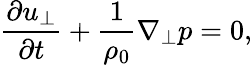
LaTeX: \frac{\partial u_{\perp}}{\partial t}+\frac{1}{\rho_{0}}\nabla_{\perp}p=0,